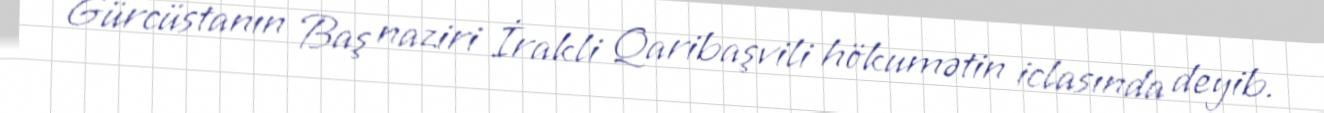
Gürcüstanın Baş naziri İrakli Qaribaşvili hökumətin iclasında deyib.